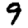
Digit: 9